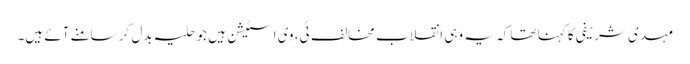
مہدی شریفی کا کہنا تھا کہ یہ وہی انقلاب مخالف ٹی، وی اسٹیشن ہیں جو حلیہ بدل کر سامنے آئے ہیں۔